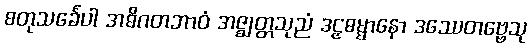
စတုသင်္ခေပါ အဓိဂတဘာဝံ အဇ္ဈတ္တသုညံ ဒဠှဓမ္မာနော ဒဿေတဗ္ဗေသု